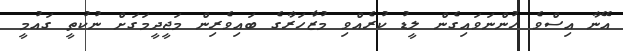
އޭނާ އިސްވެ ހުންނަވައިގެން ލީޑު ކުރެއްވި މުޒާހަރާގެ ބައިވެރިން މަޖީދީމަގަށް ނުކުތީ ގައުމީ